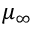
\mu _ { \infty }